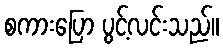
စကားပြော ပွင့်လင်းသည်။